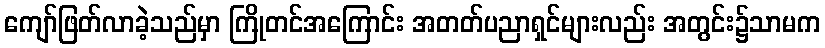
ကျော်ဖြတ်လာခဲ့သည်မှာ ကြိုတင်အကြောင်း အတတ်ပညာရှင်များလည်း အတွင်း၌သာမက